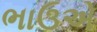
ભાઉએ